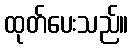
ထုတ်ပေးသည်။